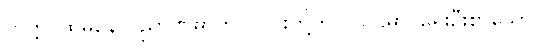
တတ္တ၊ ထိုမနောဝိညာဏဓာတ် ၂-ပါးတို့တွင်။ ပဌမာ၊ ရှေးဦးစွာသော